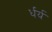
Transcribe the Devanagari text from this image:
र्धर्य